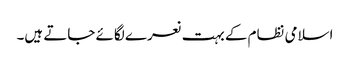
اسلامی نظام کے بہت نعرے لگائے جاتے ہیں۔